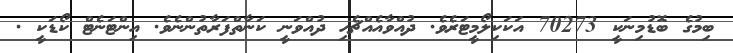
ބިމުގެ ބޮޑުމިނަކީ 70273 އަކަކިލޯމީޓަރެވެ. ދުއްވާއެއްޗެހި ދުއްވަނީ ކަނާތްފަރާތުންނެވެ. އިންޓަނެޓް ކޯޑަކީ .